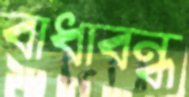
বাধাবন্ধ